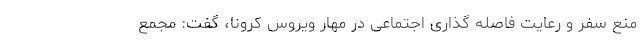
منع سفر و رعایت فاصله گذاری اجتماعی در مهار ویروس کرونا، گفت: مجمع